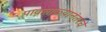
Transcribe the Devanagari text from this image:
पावसाळ्यानंतरचे